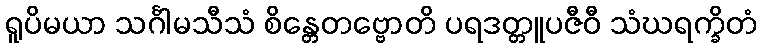
ရူပိမယာ သင်္ဂါမသီသံ စိန္တေတဗ္ဗောတိ ပရဒတ္တူပဇီဝီ သံဃရက္ခိတံ